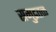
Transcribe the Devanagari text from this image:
समुद्रतळ